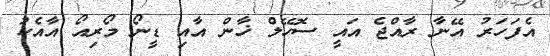
އެފަހަރު އޭނާ ރާއްޖެ އައީ ސޮހޭލް ޚާން އާއި ޑީނޯ މޯރިއޯ އާއެކު